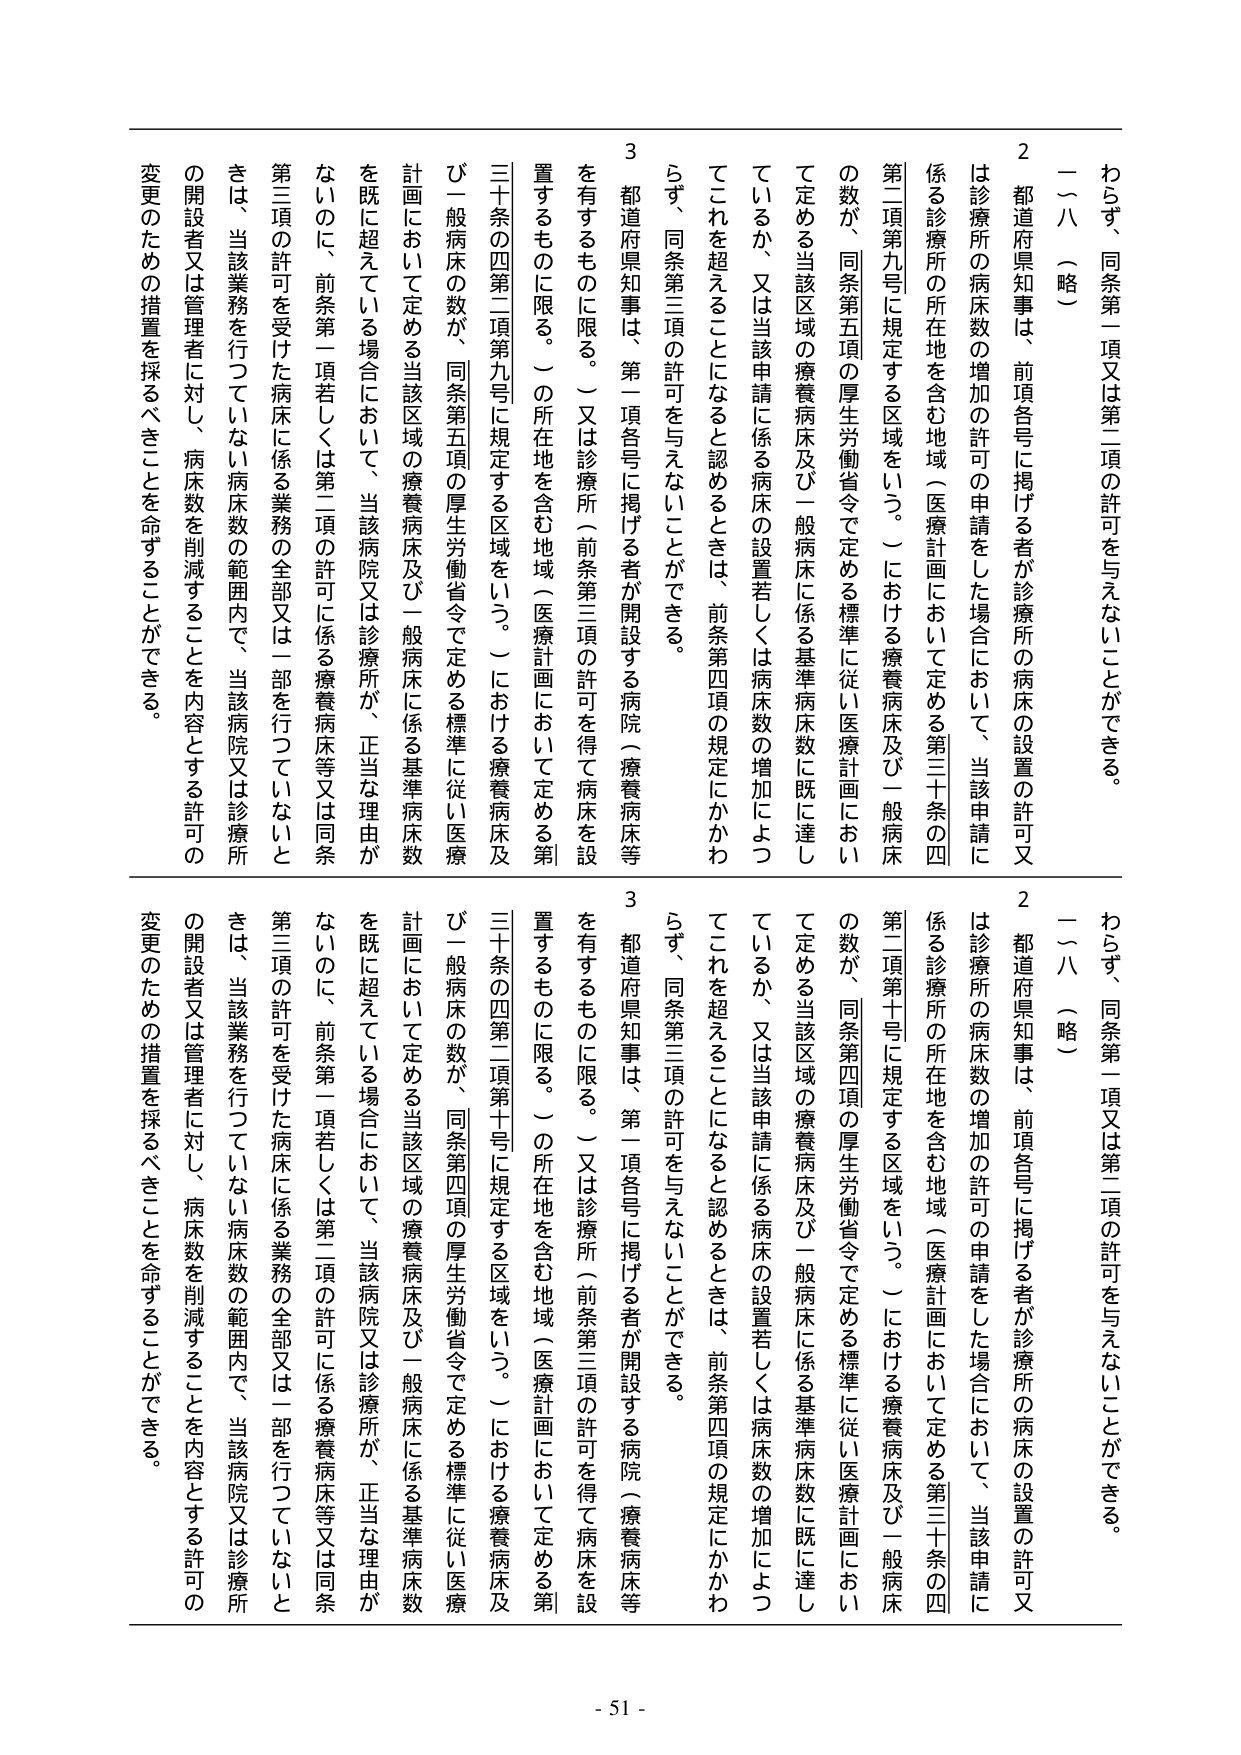
わらず、同条第一項又は第二項の許可を与えないことができる。

二～八（略）

２ 都道府県知事は、前項各号に掲げる者が診療所の病床の設置の許可又は診療所の病床数の増加の許可の申請をした場合において、当該申請に係る診療所の所在地を含む地域（医療計画において定める第三十条の四第二項第九号に規定する区域をいう。）における療養病床及び一般病床の数が、同条第五項の厚生労働省令で定める標準に従い医療計画において定める当該区域の療養病床及び一般病床に係る基準病床数に既に達しているか、又は当該申請に係る病床の設置若しくは病床数の増加によってこれを超えることになると認めるときは、前条第四項の規定にかかわらず、同条第三項の許可を与えないことができる。

３ 都道府県知事は、第一項各号に掲げる者が開設する病院（療養病床等を有するものに限る。）又は診療所（前条第三項の許可を得て病床を設置するものに限る。）の所在地を含む地域（医療計画において定める第三十条の四第二項第九号に規定する区域をいう。）における療養病床及び一般病床の数が、同条第五項の厚生労働省令で定める標準に従い医療計画において定める当該区域の療養病床及び一般病床に係る基準病床数を既に超えている場合において、当該病院又は診療所が、正当な理由がないのに、前条第一項若しくは第二項の許可に係る療養病床等又は同条第三項の許可を受けた病床に係る業務の全部又は一部を行っていないときは、当該業務を行っていない病床数の範囲内で、当該病院又は診療所の開設者又は管理者に対し、病床数を削減することを内容とする許可の変更のための措置を採るべきことを命ずることができる。

わらず、同条第一項又は第二項の許可を与えないことができる。

二～八（略）

２ 都道府県知事は、前項各号に掲げる者が診療所の病床の設置の許可又は診療所の病床数の増加の許可の申請をした場合において、当該申請に係る診療所の所在地を含む地域（医療計画において定める第三十条の四第二項第十号に規定する区域をいう。）における療養病床及び一般病床の数が、同条第四項の厚生労働省令で定める標準に従い医療計画において定める当該区域の療養病床及び一般病床に係る基準病床数に既に達しているか、又は当該申請に係る病床の設置若しくは病床数の増加によってこれを超えることになると認めるときは、前条第四項の規定にかかわらず、同条第三項の許可を与えないことができる。

３ 都道府県知事は、第一項各号に掲げる者が開設する病院（療養病床等を有するものに限る。）又は診療所（前条第三項の許可を得て病床を設置するものに限る。）の所在地を含む地域（医療計画において定める第三十条の四第二項第十号に規定する区域をいう。）における療養病床及び一般病床の数が、同条第四項の厚生労働省令で定める標準に従い医療計画において定める当該区域の療養病床及び一般病床に係る基準病床数を既に超えている場合において、当該病院又は診療所が、正当な理由がないのに、前条第一項若しくは第二項の許可に係る療養病床等又は同条第三項の許可を受けた病床に係る業務の全部又は一部を行っていないときは、当該業務を行っていない病床数の範囲内で、当該病院又は診療所の開設者又は管理者に対し、病床数を削減することを内容とする許可の変更のための措置を採るべきことを命ずることができる。

- 51 -